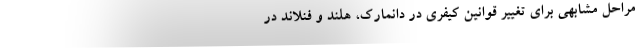
مراحل مشابهی برای تغییر قوانین کیفری در دانمارک، هلند و فنلاند در